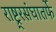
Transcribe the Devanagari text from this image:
राष्ट्र्रसंघातर्फे